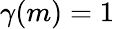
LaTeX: \gamma(m)=1